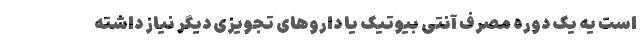
است یه یک دوره مصرف آنتی بیوتیک یا داروهای تجویزی دیگر نیاز داشته